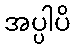
အပ္ပါပိ